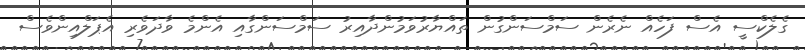
ގެލެކްސީ އެސް ފަހެއް ނެރެން ސަމްސަންގުން ތައްޔާރުވަމުންދާއިރު ސަމްސަންގާއި އެންމެ ވާދަވެރި އެޕަލްއިންވެސް